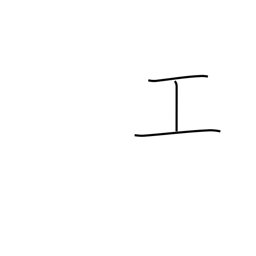
Meaning: construction